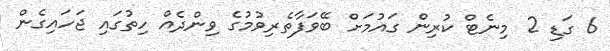
6 ގަޑި 2 މިނެޓް ކުރިން ގައުމަށް ބޭވަފާތެރިވުމުގެ ވިންދެއް ހިތުގައި ޖަހައިގެން